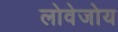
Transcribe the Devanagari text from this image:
लोवेजोय